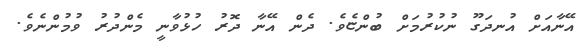
އޭނާއަށް އުނދަގޫ ނުކުރުމަށް ބުންޏެވެ. ދެން އޭނާ ދޮރު ހުޅުވާނީ މެންދުރު ވުމުންނެވެ.